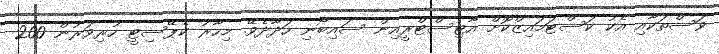
ވަސްތަކާއި އެކު ކަސްޓަމައިޒްކޮށް އާޓިސްޓްރީއިން ސައިބޯނި ހަދާދެވޭ. މިހާރު ކެޕޭސިޓީ ހުރިވަރުން 200